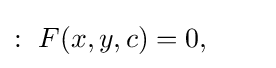
:\ F(x,y,c)=0,\qquad